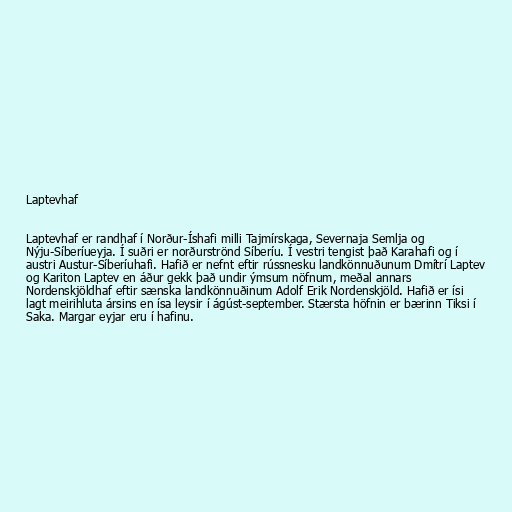
Laptevhaf

Laptevhaf er randhaf í Norður-Íshafi milli Tajmírskaga, Severnaja Semlja og
Nýju-Síberíueyja. Í suðri er norðurströnd Síberíu. Í vestri tengist það Karahafi og í
austri Austur-Síberíuhafi. Hafið er nefnt eftir rússnesku landkönnuðunum Dmítrí Laptev
og Kariton Laptev en áður gekk það undir ýmsum nöfnum, meðal annars
Nordenskjöldhaf eftir sænska landkönnuðinum Adolf Erik Nordenskjöld. Hafið er ísi
lagt meirihluta ársins en ísa leysir í ágúst-september. Stærsta höfnin er bærinn Tiksi í
Saka. Margar eyjar eru í hafinu.